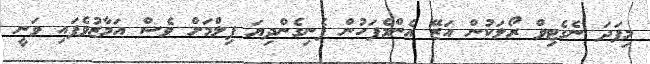
މިފަދަ ނެގެޓިވް ރޯލަކުން އަޒޭ އެންމެފަހުން ފެނިގެންދިޔަ ފިލްމަށް ވެސް އަމާޒުވެފައި ވަނީ